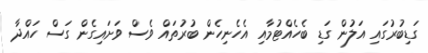
ގަޑިބުރުގައި އަލުން ގަޑި ބެހެއްޓުމާއި އެހެނިހެން ބުރުތައް ވެސް ވަށައިގެން ގަސް ހައްދާ